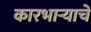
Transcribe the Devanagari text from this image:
कारभाऱ्याचे